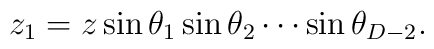
z_1=z \sin \theta_1 \sin \theta_2 \cdots  \sin \theta_{D-2}.